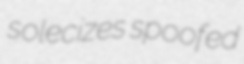
solecizes spoofed